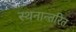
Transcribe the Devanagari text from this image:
स्थनान्तरित